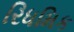
રિધમિક